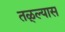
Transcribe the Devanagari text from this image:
तळ्ल्यास